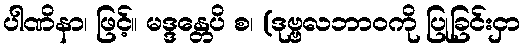
ပါဏိနာ၊ ဖြင့်။ မဒ္ဒန္တေပိ စ၊ (ဒုဗ္ဗလဘာဝကို ပြုခြင်းငှာ